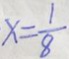
x = \frac { 1 } { 8 }